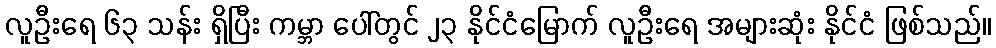
လူဦးရေ ၆၃ သန်း ရှိပြီး ကမ္ဘာ ပေါ်တွင် ၂၃ နိုင်ငံမြောက် လူဦးရေ အများဆုံး နိုင်ငံ ဖြစ်သည်။